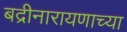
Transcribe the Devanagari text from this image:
बद्रीनारायणाच्या